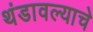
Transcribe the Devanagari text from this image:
थंडावल्याचे